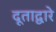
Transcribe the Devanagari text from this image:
दूताद्वारे